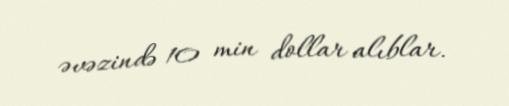
əvəzində 10 min dollar alıblar.